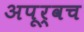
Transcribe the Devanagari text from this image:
अपूर्वच